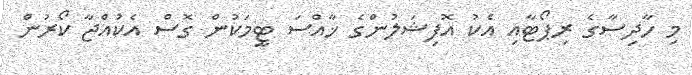
މި ހާދިސާގެ ރިޕޯޓާއި އެކު އޮފިޝަލުންގެ ޚާއްސަ ޓީމަކުން ގޮސް އެކުއްޖާ ކޯރުން